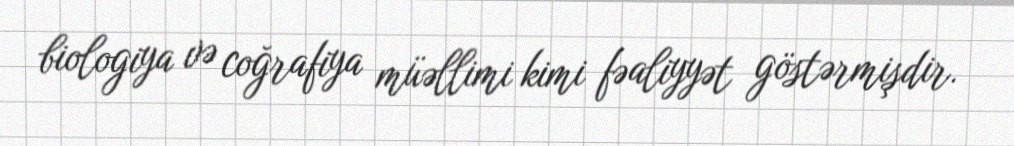
biologiya və coğrafiya müəllimi kimi fəaliyyət göstərmişdir.